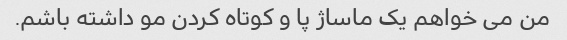
من می خواهم یک ماساژ پا و کوتاه کردن مو داشته باشم.